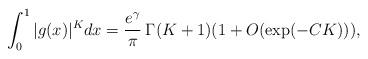
LaTeX: \begin{align*}\int_0^1|g(x)|^Kdx=\frac{e^{\gamma}}{\pi}\:\Gamma(K+1)(1+O(\exp(-CK))),\end{align*}